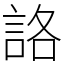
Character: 詻